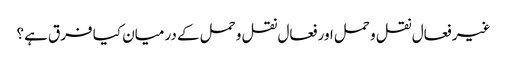
غیر فعال نقل و حمل اور فعال نقل و حمل کے درمیان کیا فرق ہے؟